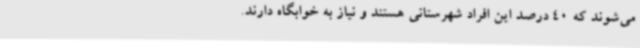
می‌شوند که 40 درصد این افراد شهرستانی هستند و نیاز به خوابگاه دارند.